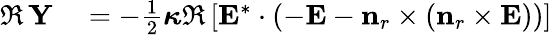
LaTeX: \begin{array}{rl}{\Re\, \mathbf{Y}}&{{}=-\frac{1}{2}\boldsymbol{\kappa}\Re\left[\mathbf{E}^{*}\cdot\left(-\mathbf{E}-\mathbf{n}_{r}\times\left(\mathbf{n}_{r}\times\mathbf{E}\right)\right)\right]}\end{array}